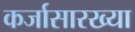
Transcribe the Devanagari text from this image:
कर्जासारख्या